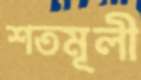
শতমূলী